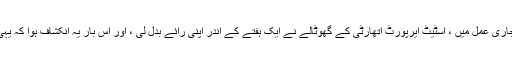
چینل استنبول پروجیکٹ سے متعلق ای آئی اے کے جاری عمل میں ، اسٹیٹ ایرپورٹ اتھارٹی کے گھوٹالے نے ایک ہفتے کے اندر اپنی رائے بدل لی ، اور اس بار یہ انکشاف ہوا کہ یہی منصوبہ استنبول کو بغیر پانی کے چھوڑ سکتا ہے۔